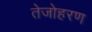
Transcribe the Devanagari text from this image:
तेजोहरण